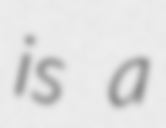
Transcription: is a